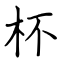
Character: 杯